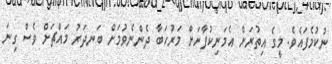
ނުކުމެފައެވެ. މީގެ އިތުރަށް އެމަނިކުފާނަށް މަރުހަބާ ދެންނެވުމަށް ބަނދަރު މައްޗަށް ވެސް ގިނަ